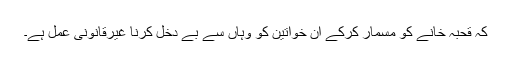
کہ قحبہ خانے کو مسمار کرکے ان خواتین کو وہاں سے بے دخل کرنا غیرقانونی عمل ہے۔